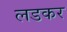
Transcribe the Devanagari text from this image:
लडकर